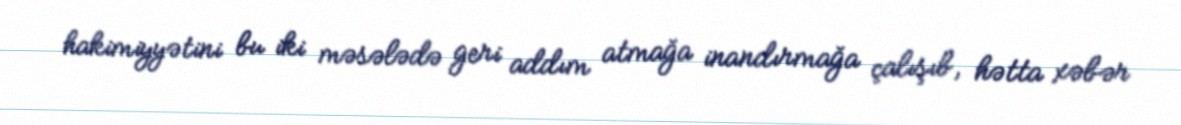
hakimiyyətini bu iki məsələdə geri addım atmağa inandırmağa çalışıb, hətta xəbər